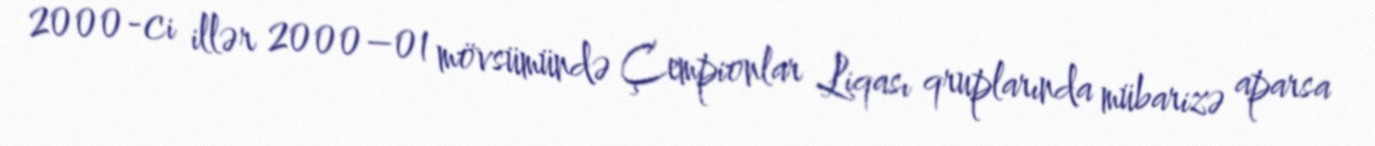
2000-ci illər 2000–01 mövsümündə Çempionlar Liqası qruplarında mübarizə aparsa